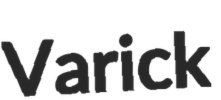
Varick